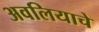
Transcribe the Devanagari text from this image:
अवलियाचे